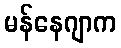
မန်နေဂျာက